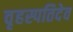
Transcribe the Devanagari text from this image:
वृहस्पतिदेव